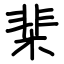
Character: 棐